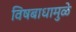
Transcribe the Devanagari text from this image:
विषबाधामुळे